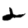
Digit: 2